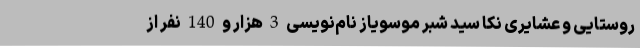
روستایی و عشایری نکا سید شبر موسویاز نام‌نویسی 3 هزار و 140 نفر از